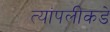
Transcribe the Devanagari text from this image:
त्यांपलीकडे